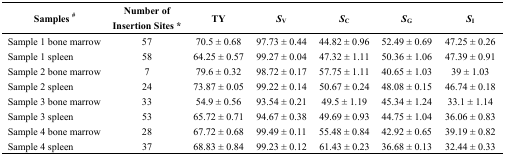
<table><thead><tr><td><b>Samples <sup>#</sup></b></td><td><b>Number of Insertion Sites *</b></td><td><b>TY</b></td><td><b><i>S</i><sub>V</sub></b></td><td><b><i>S</i><sub>C</sub></b></td><td><b><i>S</i><sub>G</sub></b></td><td><b><i>S</i><sub>I</sub></b></td></tr></thead><tbody><tr><td>Sample 1 bone marrow</td><td>57</td><td>70.5 ± 0.68</td><td>97.73 ± 0.44</td><td>44.82 ± 0.96</td><td>52.49 ± 0.69</td><td>47.25 ± 0.26</td></tr><tr><td>Sample 1 spleen</td><td>58</td><td>64.25 ± 0.57</td><td>99.27 ± 0.04</td><td>47.32 ± 1.11</td><td>50.36 ± 1.06</td><td>47.39 ± 0.91</td></tr><tr><td>Sample 2 bone marrow</td><td>7</td><td>79.6 ± 0.32</td><td>98.72 ± 0.17</td><td>57.75 ± 1.11</td><td>40.65 ± 1.03</td><td>39 ± 1.03</td></tr><tr><td>Sample 2 spleen</td><td>24</td><td>73.87 ± 0.05</td><td>99.22 ± 0.14</td><td>50.67 ± 0.24</td><td>48.08 ± 0.15</td><td>46.74 ± 0.18</td></tr><tr><td>Sample 3 bone marrow</td><td>33</td><td>54.9 ± 0.56</td><td>93.54 ± 0.21</td><td>49.5 ± 1.19</td><td>45.34 ± 1.24</td><td>33.1 ± 1.14</td></tr><tr><td>Sample 3 spleen</td><td>53</td><td>65.72 ± 0.71</td><td>94.67 ± 0.38</td><td>49.69 ± 0.93</td><td>44.75 ± 1.04</td><td>36.06 ± 0.83</td></tr><tr><td>Sample 4 bone marrow</td><td>28</td><td>67.72 ± 0.68</td><td>99.49 ± 0.11</td><td>55.48 ± 0.84</td><td>42.92 ± 0.65</td><td>39.19 ± 0.82</td></tr><tr><td>Sample 4 spleen</td><td>37</td><td>68.83 ± 0.84</td><td>99.23 ± 0.12</td><td>61.43 ± 0.23</td><td>36.68 ± 0.13</td><td>32.44 ± 0.33</td></tr></tbody></table>